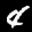
Label: 4